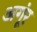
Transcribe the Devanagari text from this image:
अगूंर